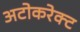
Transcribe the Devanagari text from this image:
अटोकरेक्ट